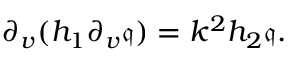
\begin{array} { r } { \partial _ { v } ( h _ { 1 } \partial _ { v } \mathfrak { q } ) = k ^ { 2 } h _ { 2 } \mathfrak { q } . } \end{array}